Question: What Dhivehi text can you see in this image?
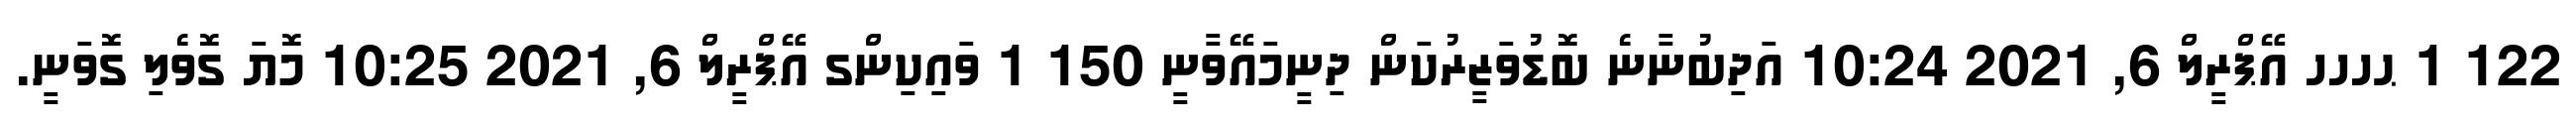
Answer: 122 1 ޙހހހ އޭޕްރީލް 6, 2021 10:24 އަދިބުނާނެ ބޮޑުވަޒީރުކަން ދިނީމައޭވާނީ 150 1 ވައިކިންގ އޭޕްރީލް 6, 2021 10:25 މޮޔަ ގޮވެލި ގޮވަނީ.